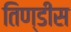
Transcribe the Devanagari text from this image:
तिण्डीस